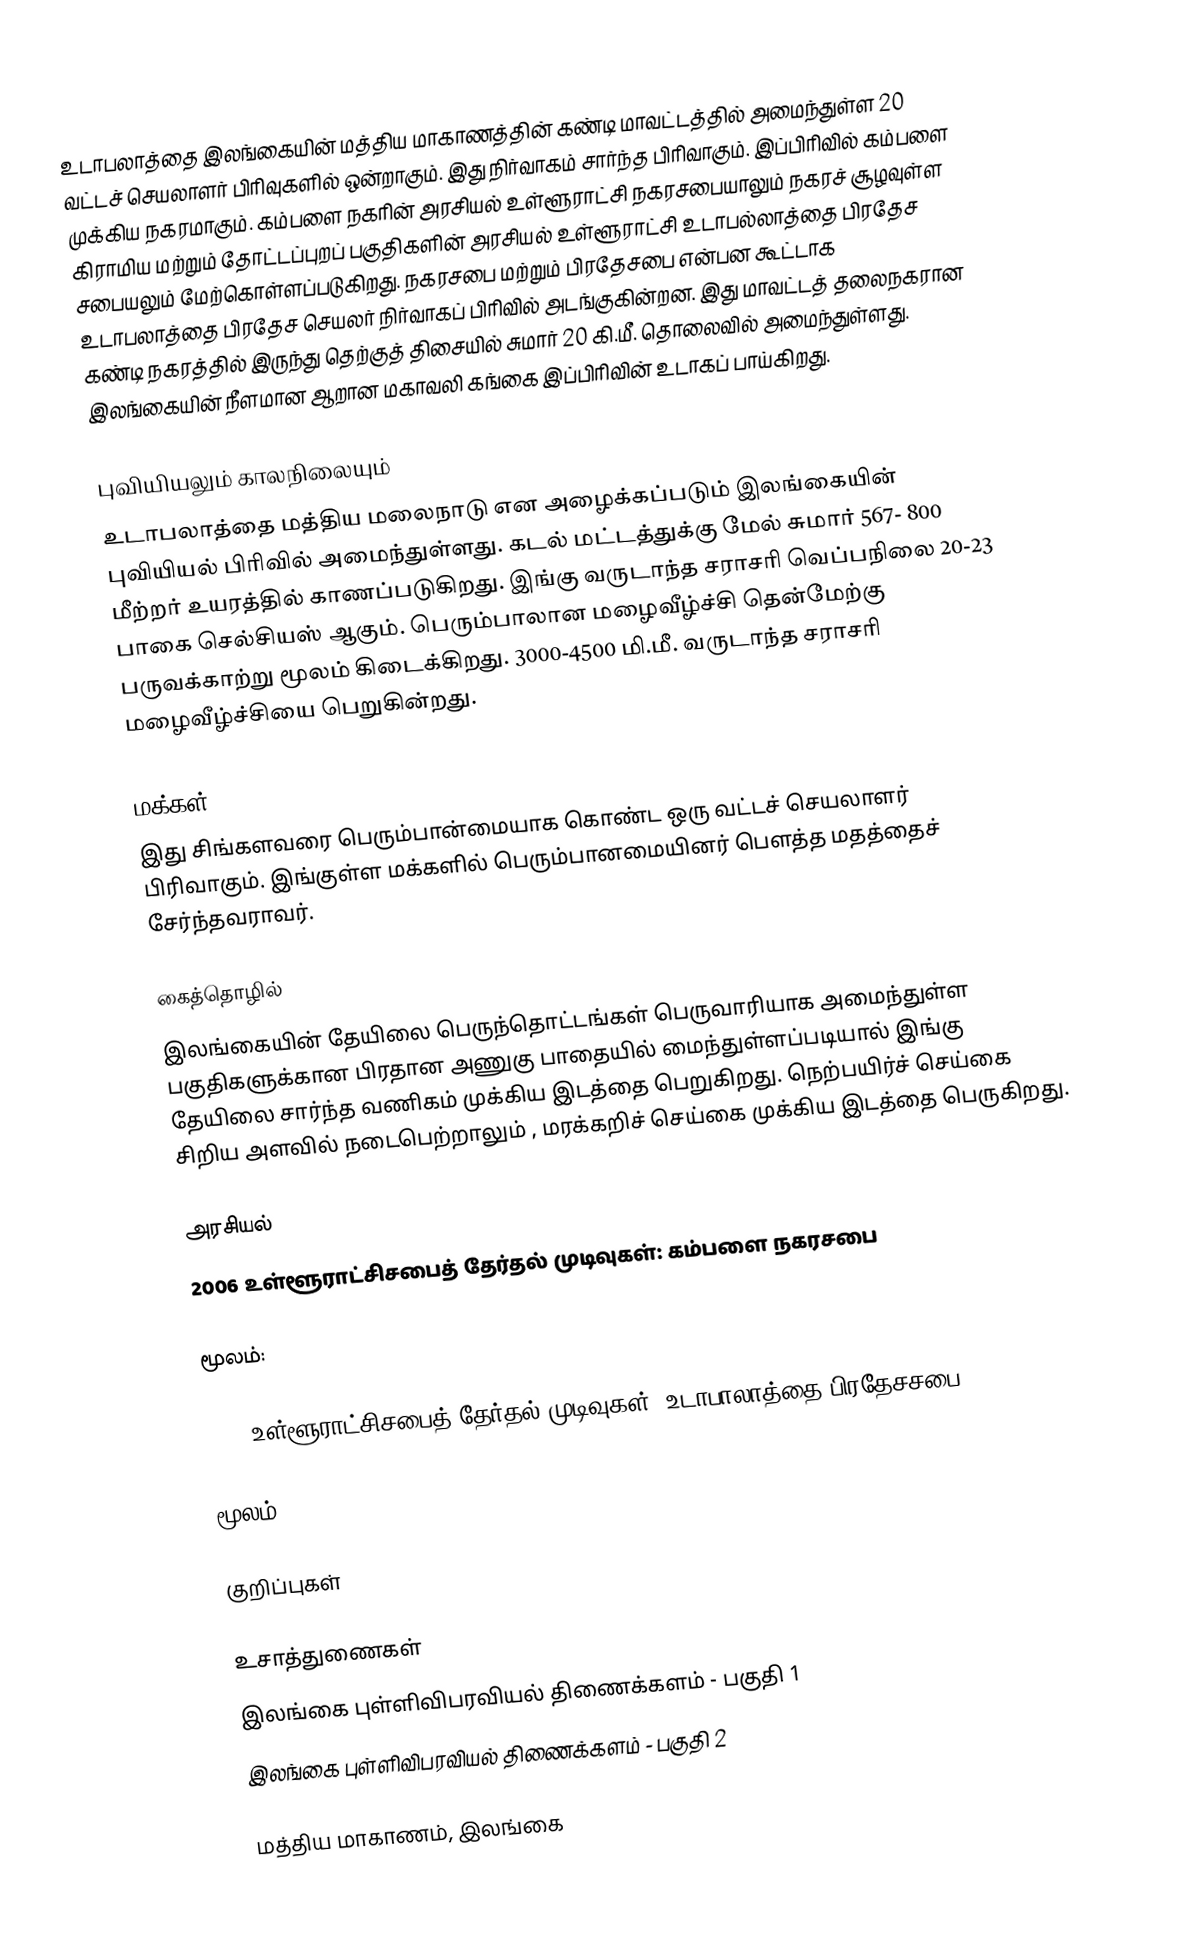
உடாபலாத்தை இலங்கையின் மத்திய மாகாணத்தின் கண்டி மாவட்டத்தில் அமைந்துள்ள 20 வட்டச் செயலாளர் பிரிவுகளில் ஒன்றாகும். இது நிர்வாகம் சார்ந்த பிரிவாகும். இப்பிரிவில் கம்பளை முக்கிய நகரமாகும். கம்பளை நகரின் அரசியல் உள்ளூராட்சி நகரசபையாலும்  நகரச் சூழவுள்ள கிராமிய மற்றும் தோட்டப்புறப் பகுதிகளின் அரசியல் உள்ளூராட்சி உடாபல்லாத்தை பிரதேச சபையலும் மேற்கொள்ளப்படுகிறது.  நகரசபை மற்றும் பிரதேசபை என்பன கூட்டாக உடாபலாத்தை பிரதேச செயலர் நிர்வாகப் பிரிவில் அடங்குகின்றன. இது மாவட்டத் தலைநகரான கண்டி நகரத்தில் இருந்து  தெற்குத் திசையில் சுமார் 20 கி.மீ. தொலைவில் அமைந்துள்ளது. இலங்கையின் நீளமான ஆறான மகாவலி கங்கை இப்பிரிவின் உடாகப் பாய்கிறது.

புவியியலும் காலநிலையும்
உடாபலாத்தை மத்திய மலைநாடு என அழைக்கப்படும்  இலங்கையின் புவியியல் பிரிவில் அமைந்துள்ளது. கடல் மட்டத்துக்கு மேல் சுமார் 567- 800 மீற்றர்  உயரத்தில் காணப்படுகிறது. இங்கு வருடாந்த சராசரி வெப்பநிலை 20-23 பாகை செல்சியஸ் ஆகும். பெரும்பாலான மழைவீழ்ச்சி தென்மேற்கு பருவக்காற்று மூலம் கிடைக்கிறது. 3000-4500 மி.மீ. வருடாந்த சராசரி மழைவீழ்ச்சியை பெறுகின்றது.

மக்கள்
இது சிங்களவரை பெரும்பான்மையாக கொண்ட ஒரு வட்டச் செயலாளர் பிரிவாகும். இங்குள்ள மக்களில் பெரும்பானமையினர் பௌத்த மதத்தைச் சேர்ந்தவராவர்.

கைத்தொழில்
இலங்கையின் தேயிலை பெருந்தொட்டங்கள் பெருவாரியாக அமைந்துள்ள பகுதிகளுக்கான பிரதான அணுகு பாதையில் மைந்துள்ளப்படியால் இங்கு தேயிலை சார்ந்த வணிகம் முக்கிய இடத்தை பெறுகிறது. நெற்பயிர்ச் செய்கை சிறிய அளவில் நடைபெற்றாலும் , மரக்கறிச் செய்கை முக்கிய இடத்தை பெருகிறது.

அரசியல்
2006　உள்ளூராட்சிசபைத்　தேர்தல்　முடிவுகள்:　கம்பளை நகரசபை

மூலம்:

2006　உள்ளூராட்சிசபைத்　தேர்தல்　முடிவுகள்:　உடாபாலாத்தை பிரதேசசபை

மூலம்:

குறிப்புகள்

உசாத்துணைகள்
 இலங்கை புள்ளிவிபரவியல் திணைக்களம் - பகுதி 1
 இலங்கை புள்ளிவிபரவியல் திணைக்களம் - பகுதி 2

மத்திய மாகாணம், இலங்கை